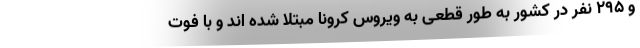
و ۲۹۵ نفر در کشور به طور قطعی به ویروس کرونا مبتلا شده اند و با فوت